Observations on rabies - Number 36
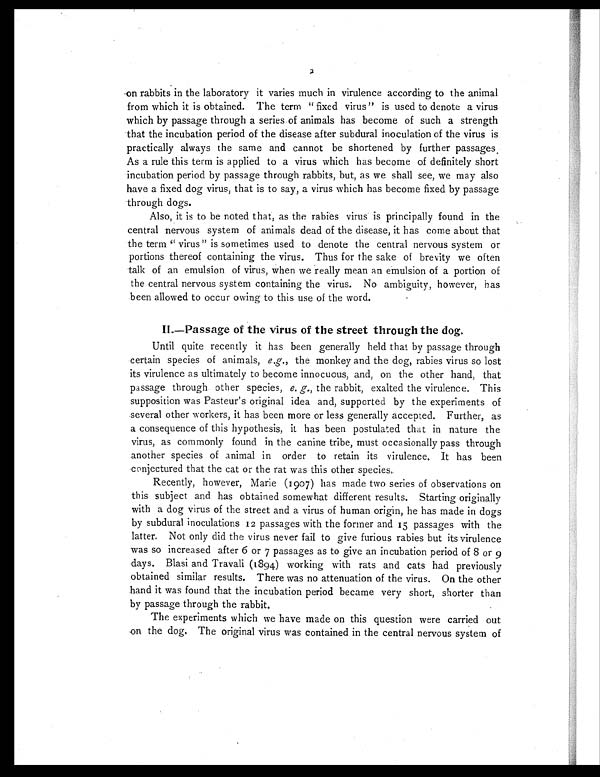
on rabbits in the laboratory it varies much in virulence according to the animal
from which it is obtained. The term "fixed virus" is used to denote a virus
which by passage through a series of animals has become of such a strength
that the incubation period of the disease after subdural inoculation of the virus is
practically always the same and cannot be shortened by further passages.
As a rule this term is applied to a virus which has become of definitely short
incubation period by passage through rabbits, but, as we shall see, we may also
have a fixed dog virus, that is to say, a virus which has become fixed by passage
through dogs.
Also, it is to be noted that, as the rabies virus is principally found in the
central nervous system of animals dead of the disease, it has come about that
the term "virus" is sometimes used to denote the central nervous system or
portions thereof containing the virus. Thus for the sake of brevity we often
talk of an emulsion of virus, when we really mean an emulsion of a portion of
the central nervous system containing the virus. No ambiguity, however, has
been allowed to occur owing to this use of the word.
I I . — P a s s a g e o f t h e v i r u s o f t h e s t r e e t t h r o u g h t h e d o g .
Until quite recently it has been generally held that by passage through
certain species of animals, e.g., the monkey and the dog, rabies virus so lost
its virulence as ultimately to become innocuous, and, on the other hand, that
passage through other species, e. g., the rabbit, exalted the virulence. This
supposition was Pasteur's original idea and, supported by the experiments of
several other workers, it has been more or less generally accepted. Further, as
a consequence of this hypothesis, it has been postulated that in nature the
virus, as commonly found in the canine tribe, must occasionally pass through
another species of animal in order to retain its virulence. It has been
conjectured that the cat or the rat was this other species.
Recently, however, Marie (1907) has made two series of observations on
this subject and has obtained somewhat different results. Starting originally
with a dog virus of the street and a virus of human origin, he has made in dogs
by subdural inoculations 12 passages with the former and 15 passages with the
latter. Not only did the virus never fail to give furious rabies but its virulence
was so increased after 6 or 7 passages as to give an incubation period of 8 or 9
days. Blasi and Travali (1894) working with rats and cats had previously
obtained similar results. There was no attenuation of the virus. On the other
hand it was found that the incubation period became very short, shorter than
by passage through the rabbit.
The experiments which we have made on this question were carried out
on the dog. The original virus was contained in the central nervous system of